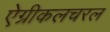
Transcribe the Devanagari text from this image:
ऐग्रीकलचरल